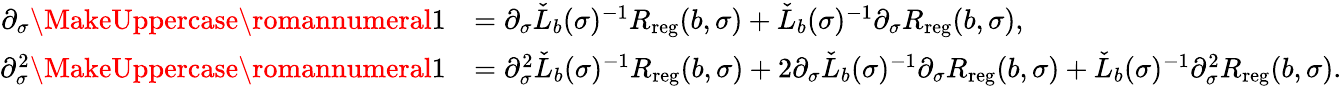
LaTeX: \begin{array}{rl}{\partial_{\sigma}\MakeUppercase{\romannumeral 1}}&{=\partial_{\sigma}\check{L}_{b}(\sigma)^{-1}R_{\mathrm{reg}}(b,\sigma)+\check{L}_{b}(\sigma)^{-1}\partial_{\sigma}R_{\mathrm{reg}}(b,\sigma),}\\ {\partial_{\sigma}^{2}\MakeUppercase{\romannumeral 1}}&{=\partial_{\sigma}^{2}\check{L}_{b}(\sigma)^{-1}R_{\mathrm{reg}}(b,\sigma)+2\partial_{\sigma}\check{L}_{b}(\sigma)^{-1}\partial_{\sigma}R_{\mathrm{reg}}(b,\sigma)+\check{L}_{b}(\sigma)^{-1}\partial_{\sigma}^{2}R_{\mathrm{reg}}(b,\sigma).}\end{array}